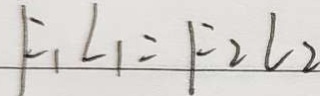
F _ { 1 } L _ { 1 } = F _ { 2 } l _ { 2 }